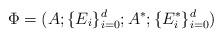
LaTeX: \begin{align*}\Phi=(A; \{E_i\}^d_{i=0}; A^*; \{E^*_i\}^d_{i=0})\end{align*}